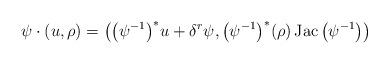
LaTeX: \begin{gather*}\psi\cdot(u,\rho)=\big(\big(\psi^{-1}\big)^* u+\delta^r\psi,\big(\psi^{-1}\big)^*(\rho)\operatorname{Jac}\big(\psi^{-1}\big)\big)\end{gather*}